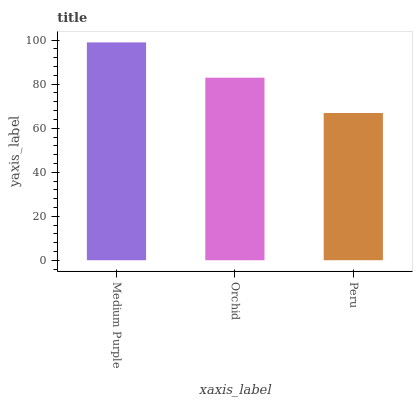
| xaxis_label | bars |
 | --- | --- |
 | Medium Purple | 99 |
 | Orchid | 83 |
 | Peru | 66.9 |